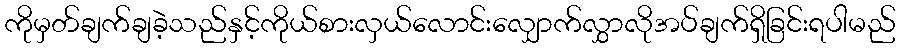
ကိုမှတ်ချက်ချခဲ့သည်နှင့်ကိုယ်စားလှယ်လောင်းလျှောက်လွှာလိုအပ်ချက်ရှိခြင်းရပါမည်